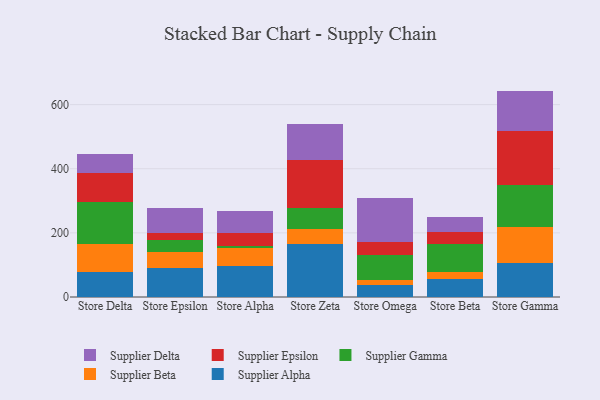
{"axis": {"x": "Store", "y": "Bounce Rate (%)"}, "legend": ["Supplier Alpha", "Supplier Beta", "Supplier Delta", "Supplier Epsilon", "Supplier Gamma"], "data": [{"x": "Store Delta", "y": 77.6, "type": "Supplier Alpha"}, {"x": "Store Delta", "y": 88.6, "type": "Supplier Beta"}, {"x": "Store Delta", "y": 129.8, "type": "Supplier Gamma"}, {"x": "Store Delta", "y": 90.9, "type": "Supplier Epsilon"}, {"x": "Store Delta", "y": 58.6, "type": "Supplier Delta"}, {"x": "Store Epsilon", "y": 89.6, "type": "Supplier Alpha"}, {"x": "Store Epsilon", "y": 49.7, "type": "Supplier Beta"}, {"x": "Store Epsilon", "y": 37.2, "type": "Supplier Gamma"}, {"x": "Store Epsilon", "y": 22.2, "type": "Supplier Epsilon"}, {"x": "Store Epsilon", "y": 77.6, "type": "Supplier Delta"}, {"x": "Store Alpha", "y": 98.1, "type": "Supplier Alpha"}, {"x": "Store Alpha", "y": 55.6, "type": "Supplier Beta"}, {"x": "Store Alpha", "y": 5.5, "type": "Supplier Gamma"}, {"x": "Store Alpha", "y": 41.6, "type": "Supplier Epsilon"}, {"x": "Store Alpha", "y": 68.5, "type": "Supplier Delta"}, {"x": "Store Zeta", "y": 164.2, "type": "Supplier Alpha"}, {"x": "Store Zeta", "y": 49.2, "type": "Supplier Beta"}, {"x": "Store Zeta", "y": 64.0, "type": "Supplier Gamma"}, {"x": "Store Zeta", "y": 149.6, "type": "Supplier Epsilon"}, {"x": "Store Zeta", "y": 112.5, "type": "Supplier Delta"}, {"x": "Store Omega", "y": 36.4, "type": "Supplier Alpha"}, {"x": "Store Omega", "y": 15.5, "type": "Supplier Beta"}, {"x": "Store Omega", "y": 78.4, "type": "Supplier Gamma"}, {"x": "Store Omega", "y": 40.6, "type": "Supplier Epsilon"}, {"x": "Store Omega", "y": 138.2, "type": "Supplier Delta"}, {"x": "Store Beta", "y": 57.3, "type": "Supplier Alpha"}, {"x": "Store Beta", "y": 20.7, "type": "Supplier Beta"}, {"x": "Store Beta", "y": 87.0, "type": "Supplier Gamma"}, {"x": "Store Beta", "y": 38.3, "type": "Supplier Epsilon"}, {"x": "Store Beta", "y": 45.6, "type": "Supplier Delta"}, {"x": "Store Gamma", "y": 107.3, "type": "Supplier Alpha"}, {"x": "Store Gamma", "y": 112.0, "type": "Supplier Beta"}, {"x": "Store Gamma", "y": 129.6, "type": "Supplier Gamma"}, {"x": "Store Gamma", "y": 170.1, "type": "Supplier Epsilon"}, {"x": "Store Gamma", "y": 123.8, "type": "Supplier Delta"}]}